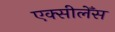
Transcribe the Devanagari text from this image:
एक्सीलेँस